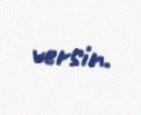
versin.